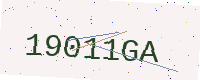
Text: 19011GA